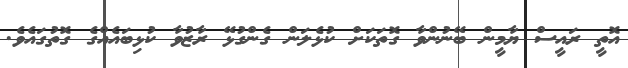
އޮތީ ރައީސް ޔާމީން ބޭނުންވާ ގޮތަކަށް ކުޅެލަން ގެންގުޅޭ ރާޒުވާ ކުޅިބައެއްގެ ގޮތުގައެވެ.